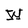
Character: W